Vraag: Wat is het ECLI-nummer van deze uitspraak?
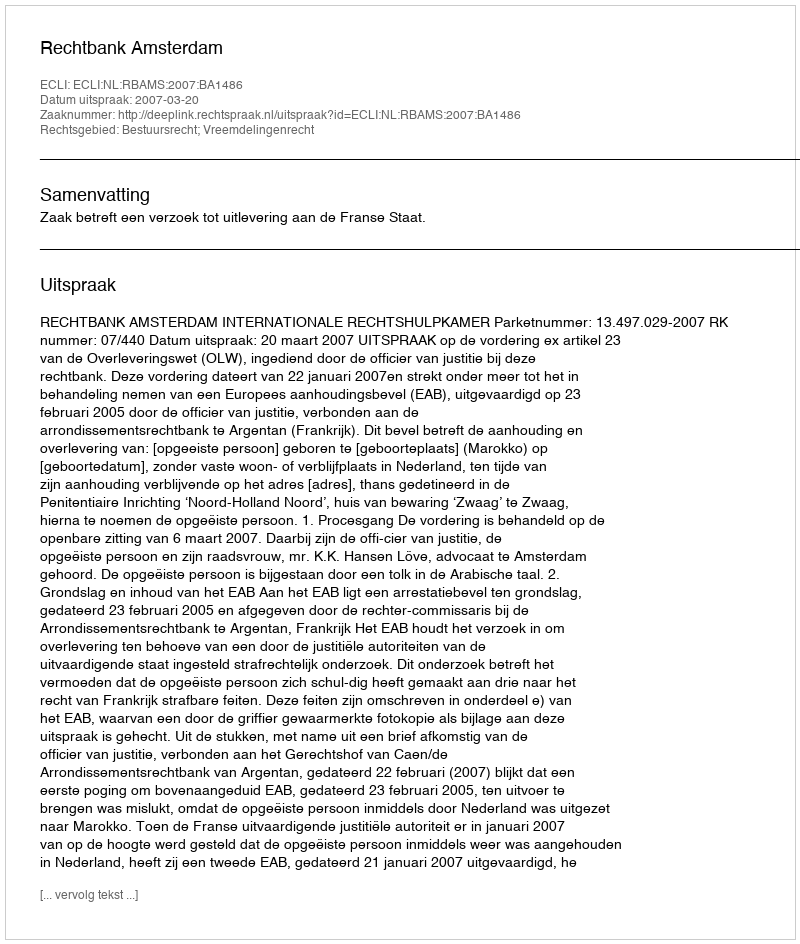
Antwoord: ECLI:NL:RBAMS:2007:BA1486